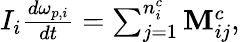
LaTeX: \begin{array}{r}{I_{i}\frac{d\mathbf{\omega}_{p,i}}{dt}=\sum_{j=1}^{n_{i}^{c}}\mathbf{M}_{ij}^{c},}\end{array}